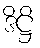
ဒိဋ္ဌိ